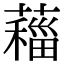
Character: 𦿨